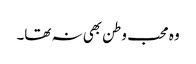
وہ محب وطن بھی نہ تھا۔